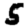
Digit: 5